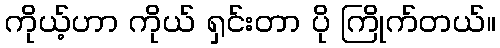
ကိုယ့်ဟာ ကိုယ် ရှင်းတာ ပို ကြိုက်တယ်။